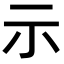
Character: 示